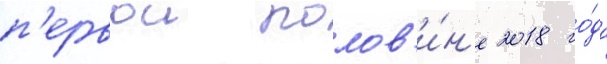
п'ервои полов'и́н'е 2018 го́да